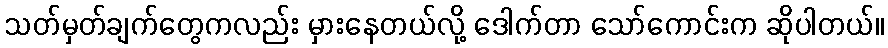
သတ်မှတ်ချက်တွေကလည်း မှားနေတယ်လို့ ဒေါက်တာ သော်ကောင်းက ဆိုပါတယ်။